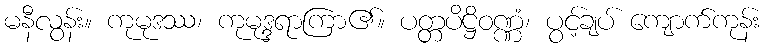
မနီလွန်း။ ကုမုဒဿ၊ ကုမုဒ္ဒရာကြာ၏။ ပတ္တပိဋ္ဌိဝဏ္ဏံ၊ ပွင့်ချပ် ကျောက်ကုန်း